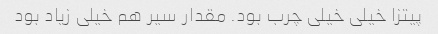
پیتزا خیلی خیلی چرب بود. مقدار سیر هم خیلی زیاد بود